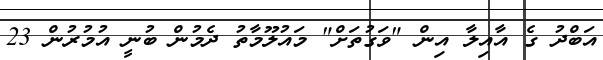
އަބްދު ގެ އާއިލާ އިން "ވަގުތަށް" މައުލޫމާތު ދެމުން ބުނީ އުމުރުން 23